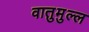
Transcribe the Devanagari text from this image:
वातुमुल्ल